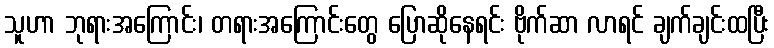
သူဟာ ဘုရားအကြောင်း၊ တရားအကြောင်းတွေ ပြောဆိုနေရင်း ဗိုက်ဆာ လာရင် ချက်ချင်းထပြီး